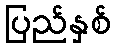
ပြည်နှစ်